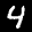
Label: 4